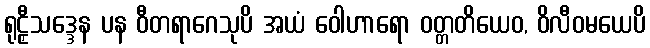
ရုဠှီသဒ္ဒေန ပန ဝီတရာဂေသုပိ အယံ ဝေါဟာရော ဝတ္တတိယေဝ, ဝိလီဝမယေပိ